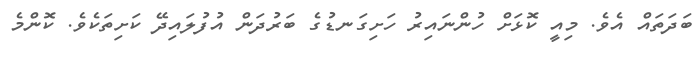
ބަދަތައް އެވެ. މިއީ ކޮޅަށް ހުންނައިރު ހަށިގަނޑުގެ ބަރުދަން އުފުލައިދޭ ކަށިތަކެވެ. ކޮންމެ